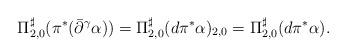
LaTeX: \begin{align*}\Pi^{\sharp}_{2,0}(\pi^{\ast}(\bar{\partial}^{\gamma}\alpha)) = \Pi^{\sharp}_{2,0}(d\pi^{\ast}\alpha)_{2,0} = \Pi^{\sharp}_{2,0}(d\pi^{\ast}\alpha).\end{align*}